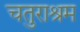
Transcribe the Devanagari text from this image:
चतुराश्रम